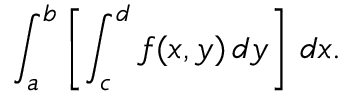
\int _ { a } ^ { b } \left[ \int _ { c } ^ { d } f ( x , y ) \, d y \right] \, d x .